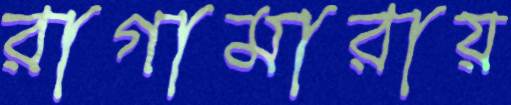
রাগামারায়